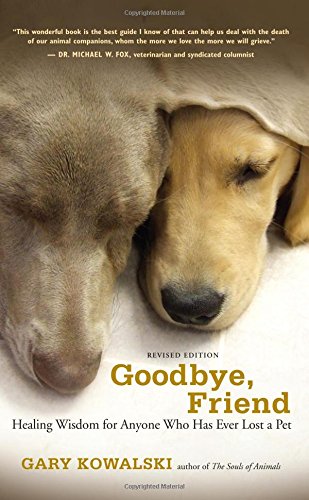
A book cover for Goodbye, Friend: Healing Wisdom for Anyone Who Has Ever Lost a Pet; Gary Kowalski; Crafts, Hobbies & Home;